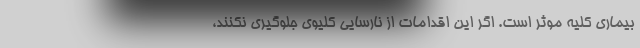
بیماری کلیه موثر است. اگر این اقدامات از نارسایی کلیوی جلوگیری نکنند،